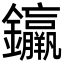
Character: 𨰠